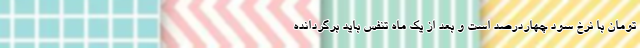
تومان با نرخ سود چهاردرصد است و بعد از یک ماه تنفس باید برگردانده